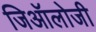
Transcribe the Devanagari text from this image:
जिऑलोजी